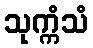
သုက္ကံသံ